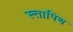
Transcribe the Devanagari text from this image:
स्त्तापिथ